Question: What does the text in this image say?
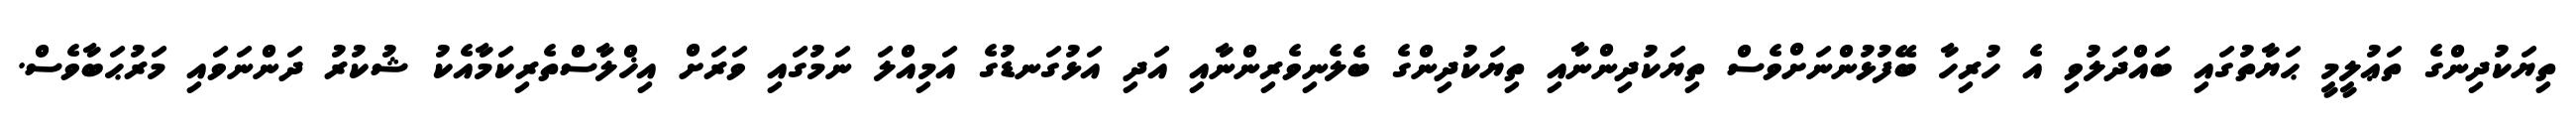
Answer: ތިޔަކުދިންގެ ތަޢުލީމީ ޙަޔާތުގައި ބައްދަލުވި އެ ހުރިހާ ބޭފުޅުންނަށްވެސް ތިޔަކުދިންނާއި ތިޔަކުދިންގެ ބެލެނިވެރިންނާއި އަދި އަޅުގަނޑުގެ އަމިއްލަ ނަމުގައި ވަރަށް އިޚްލާސްތެރިކަމާއެކު ޝުކުރު ދަންނަވައި މަރުޙަބާވެސް.